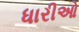
ધારીઓ